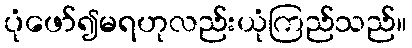
ပုံဖော်၍မရဟုလည်းယုံကြည်သည်။